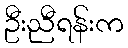
ဦးညီရန်းက